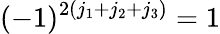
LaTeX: (-1)^{2(j_{1}+j_{2}+j_{3})}=1